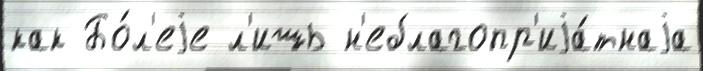
как Бо́л'еjе л'ишь н'еблагопр'иjа́тнаjа